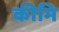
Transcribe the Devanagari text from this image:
कीमि